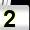
Digit: 2